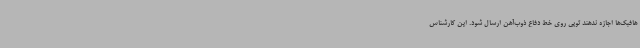
هافبک‌ها اجازه ندهند توپی روی خط دفاع ذوب‌آهن ارسال شود. این کارشناس